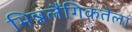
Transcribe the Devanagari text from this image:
भिन्नलैंगिकतेला